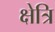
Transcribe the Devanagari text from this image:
क्षेत्रि